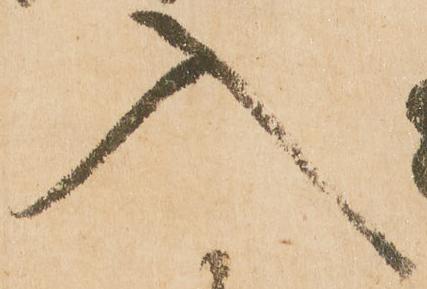
入